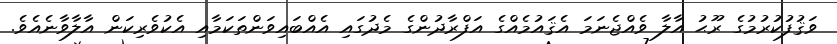
ވަޤުފުކުރުމުގެ ރޫޙު އާލާ ވެއްޖެނަމަ އެޤައުމެއްގެ އަފްރާދުންގެ މެދުގައި އެއްބައިވަންތަކަމާއި އެކުވެރިކަން އާލާވާނެއެވެ.